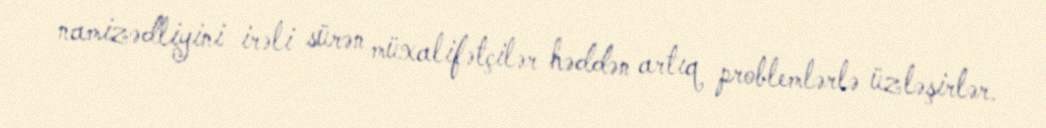
namizədliyini irəli sürən müxalifətçilər həddən artıq problemlərlə üzləşirlər.